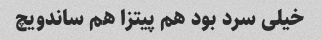
خیلی سرد بود هم پیتزا هم ساندویچ